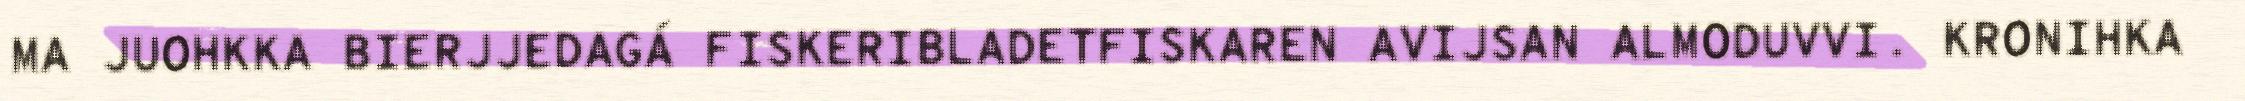
MA JUOHKKA BIERJJEDAGÁ FISKERIBLADETFISKAREN AVIJSAN ALMODUVVI. KRONIHKA